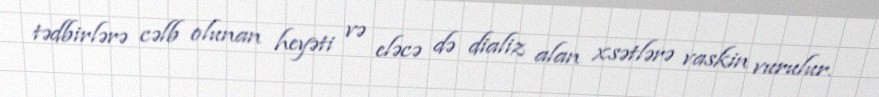
tədbirlərə cəlb olunan heyəti və eləcə də dializ alan xsətlərə vaskin vurulur.